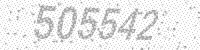
Solution: 505542